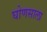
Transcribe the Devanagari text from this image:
घोणसाला